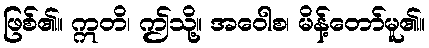
ဖြစ်၏။ ဣတိ၊ ဤသို့။ အဝေါစ၊ မိန့်တော်မူ၏။